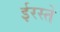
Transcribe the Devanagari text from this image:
ईरस्ते